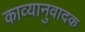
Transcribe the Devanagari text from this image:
काव्यानुवादक